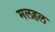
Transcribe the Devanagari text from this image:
मलहल